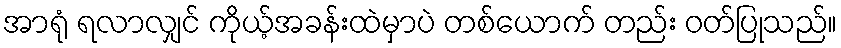
အာရုံ ရလာလျှင် ကိုယ့်အခန်းထဲမှာပဲ တစ်ယောက် တည်း ဝတ်ပြုသည်။